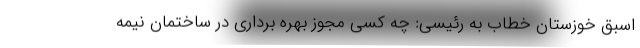
اسبق خوزستان خطاب به رئیسی: چه کسی مجوز بهره برداری در ساختمان نیمه